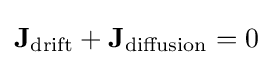
\mathbf {J} _{\mathrm {drift} }+\mathbf {J} _{\mathrm {diffusion} }=0